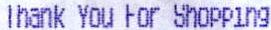
THANK YOU FOR SHOPPING